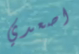
اصعدي